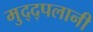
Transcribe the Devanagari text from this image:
मुद्द्पलानी